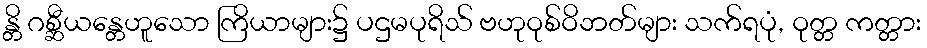
န္တိ ဂစ္ဆီယန္တေဟူသော ကြိယာများ၌ ပဌမပုရိသ် ဗဟုဝုစ်ဝိဘတ်များ သက်ရပုံ, ဝုတ္တ ကတ္တား